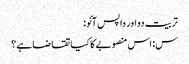
تربیت دو اور واپس آئو:
س: اس منصوبے کا کیا تقاضا ہے؟